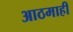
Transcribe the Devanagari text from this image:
आठमाही